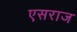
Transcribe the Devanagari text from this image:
एसराज